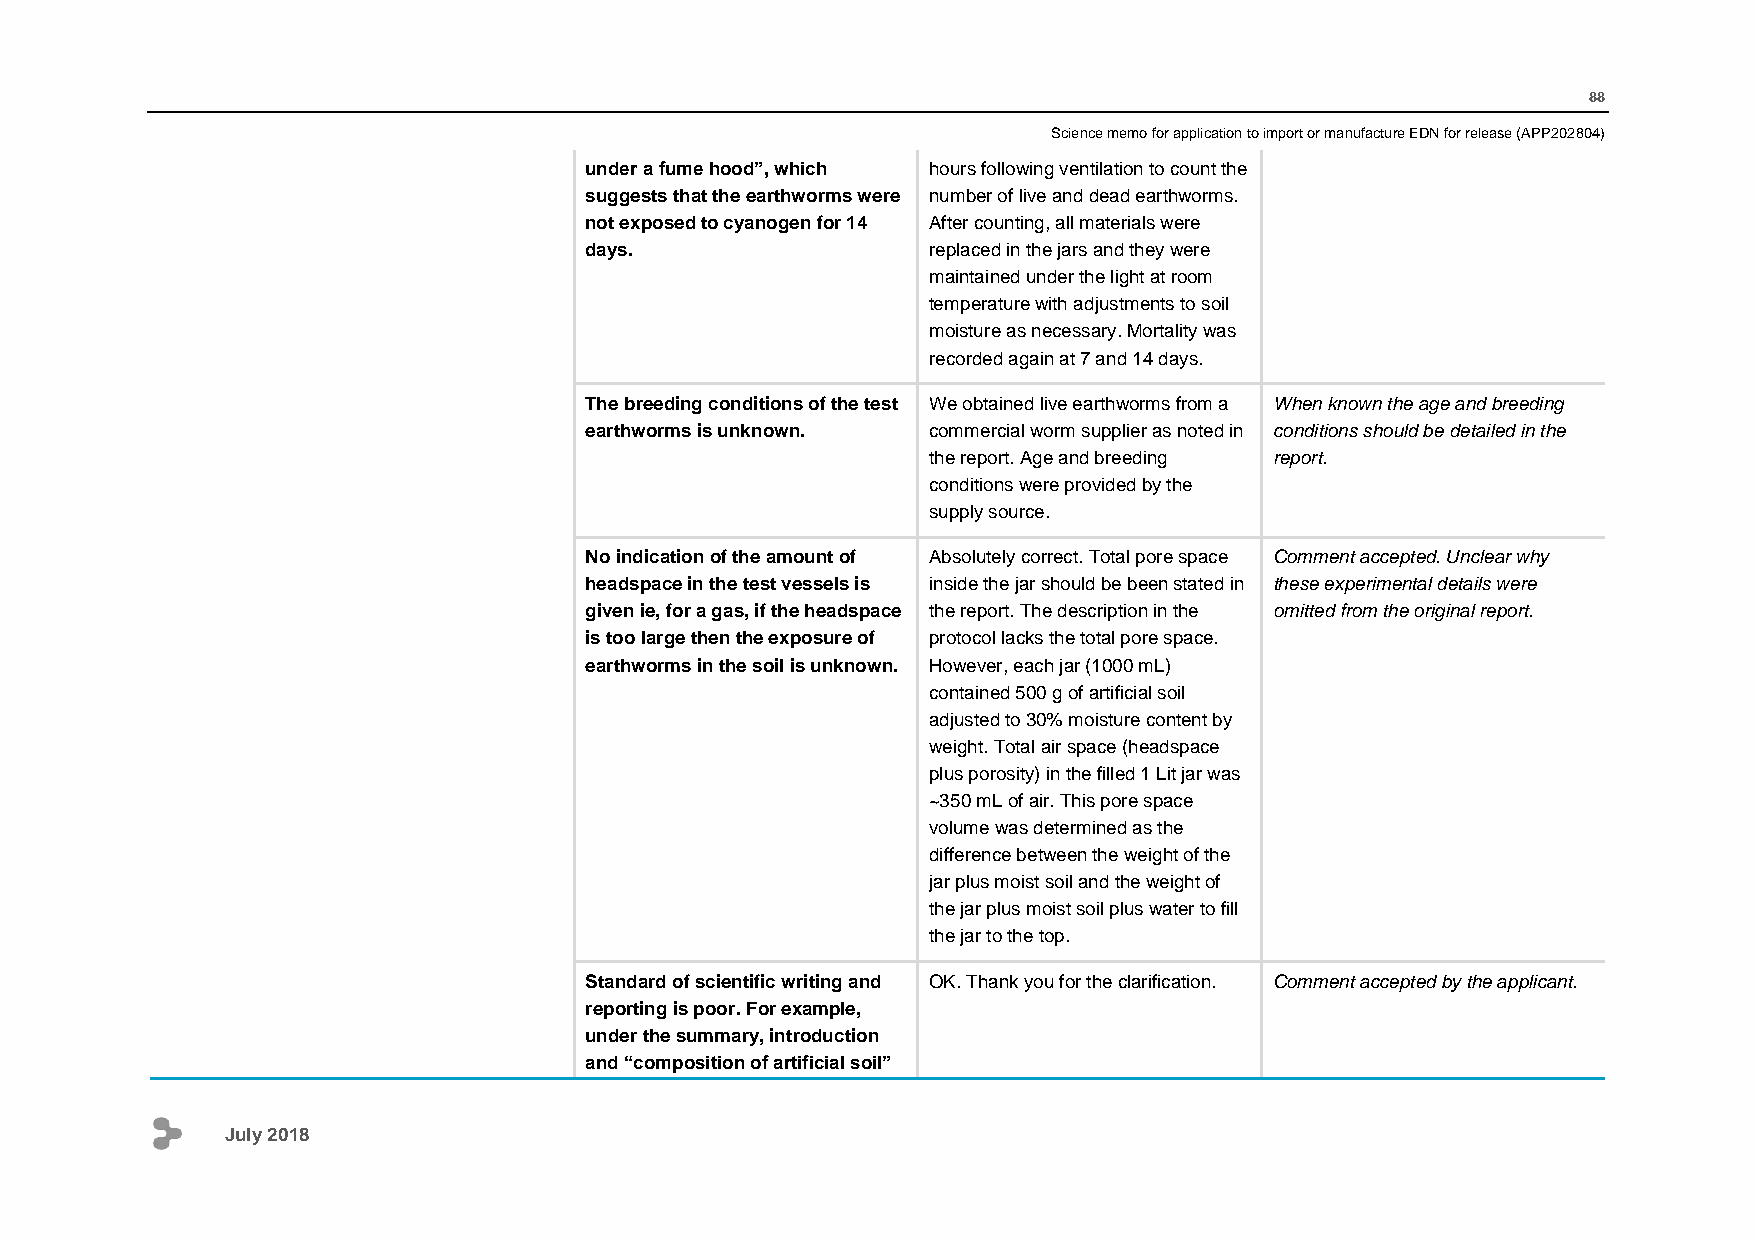
88
 Science memo for application to import or manufacture EDN for release (APP202804)
 under a fume hood”, which hours following ventilation to count the
 suggests that the earthworms were number of live and dead earthworms.
 not exposed to cyanogen for 14 After counting, all materials were
 days.                 replaced in the jars and they were
 maintained under the light at room
 temperature with adjustments to soil
 moisture as necessary. Mortality was
 recorded again at 7 and 14 days.
 The breeding conditions of the test We obtained live earthworms from a When known the age and breeding
 earthworms is unknown. commercial worm supplier as noted in conditions should be detailed in the
 the report. Age and breeding report.
 conditions were provided by the
 supply source.
 No indication of the amount of Absolutely correct. Total pore space Comment accepted. Unclear why
 headspace in the test vessels is inside the jar should be been stated in these experimental details were
 given ie, for a gas, if the headspace the report. The description in the omitted from the original report.
 is too large then the exposure of protocol lacks the total pore space.
 earthworms in the soil is unknown. However, each jar (1000 mL)
 contained 500 g of artificial soil
 adjusted to 30% moisture content by
 weight. Total air space (headspace
 plus porosity) in the filled 1 Lit jar was
 ~350 mL of air. This pore space
 volume was determined as the
 difference between the weight of the
 jar plus moist soil and the weight of
 the jar plus moist soil plus water to fill
 the jar to the top.
 Standard of scientific writing and OK. Thank you for the clarification. Comment accepted by the applicant.
 reporting is poor. For example,
 under the summary, introduction
 and “composition of artificial soil”
 July 2018